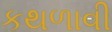
કથળાવી